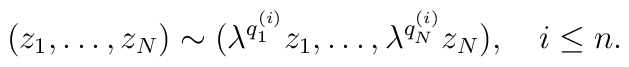
(z_1,\ldots,z_N)\sim (\lambda^{q_1^{(i)}}z_1,\ldots,\lambda^{q_N^{(i)}}z_N),         ~~~     i\le n.